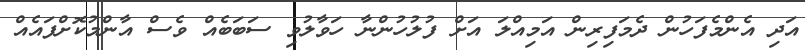
އަދި އެންމެފަހުން ދެމަފިރިން އަމިއްލަ އަށް ފުލުހުންނާ ހަވާލުވި ސަބަބެއް ވެސް އާންމުކޮށްފައެއް